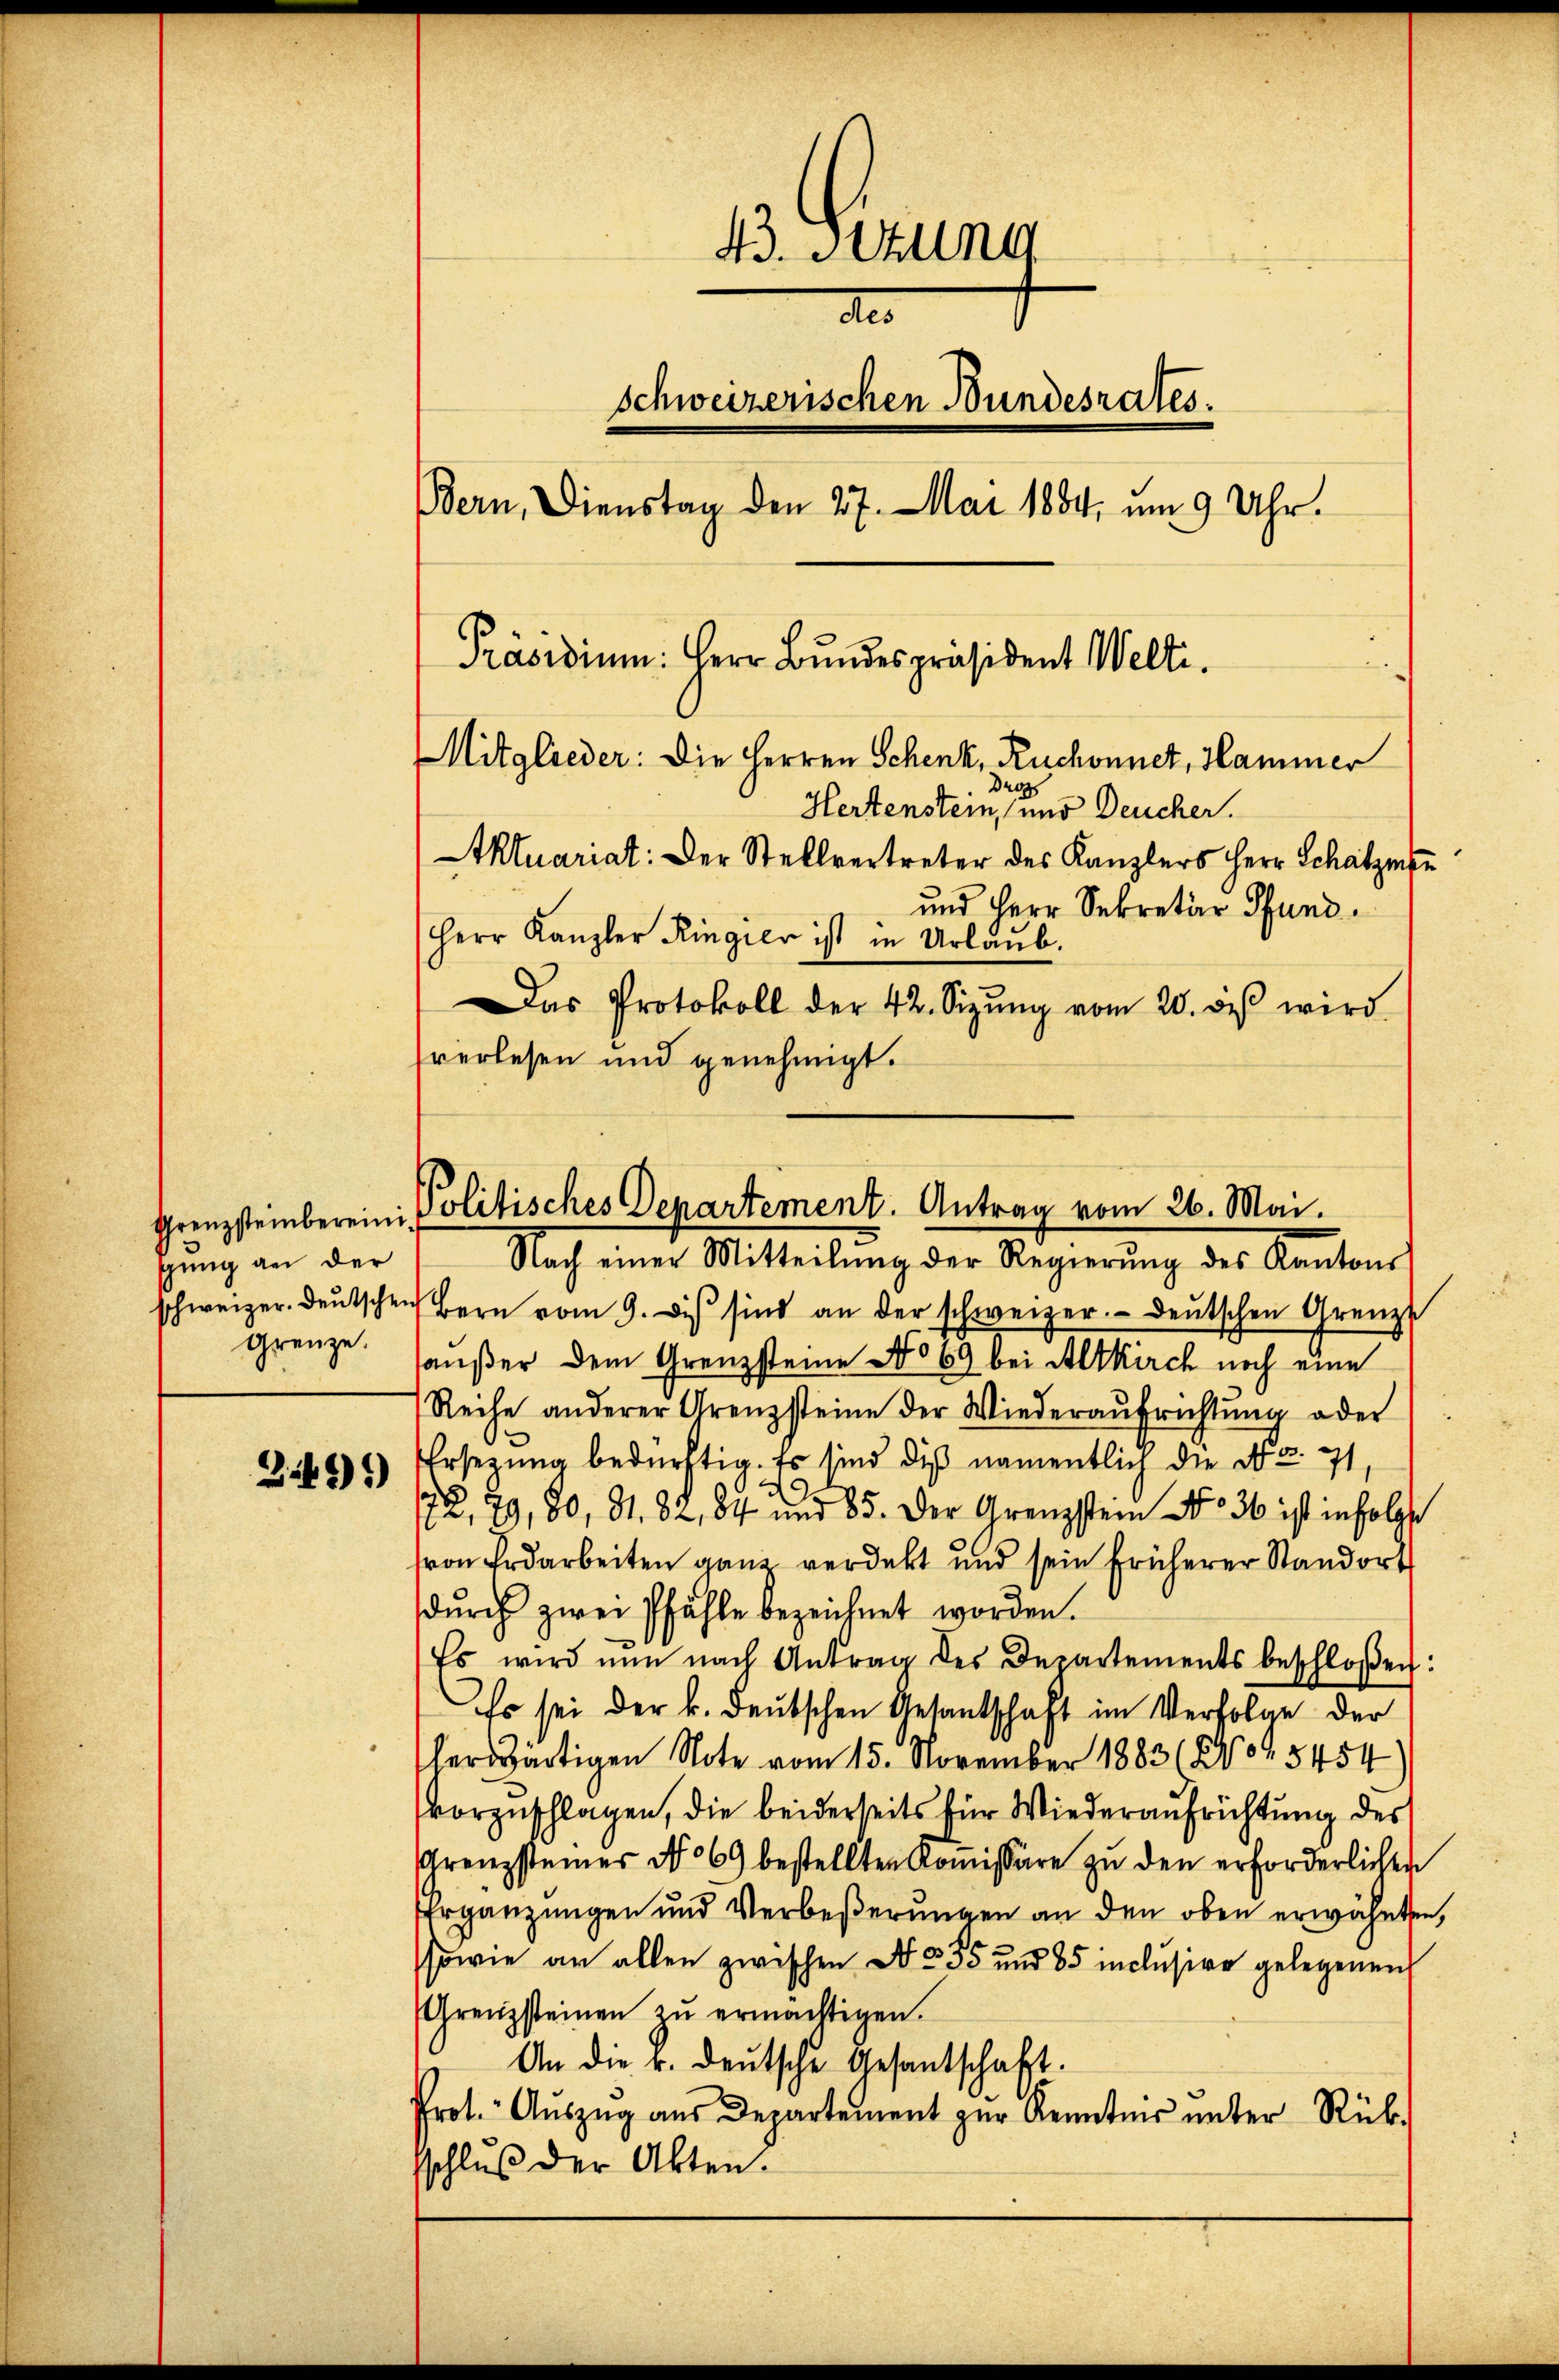
sung an der
grenze.

349)

43. Setzung
do
schweizerischen Bundesrates.
Bern, Dienstag den 27. Mai 1884, um 9 Uhr.
Präsidium. Herr Bundespräsident Welti.
Mitglieder: Die Herren Schenk, Ruchonnet, Hammer
de
Hertenstein, und Deucher.
Aktuariat: Der Stellvertreter des Kanzlers Herr Schatzm
und Herr Sekretär Pfund
Herr Kanzler Ringier ist in Urlaub.
Das Protokoll der 42. Sizŭng vom 20. diβ wird.

verlesen und genehmigt.

schweizer. deŭtschen Bern vom 9. Dies sind an der schweizer.- deŭtschen Grenzs
haußer dem Grenzsteine No 69 bei Altkirch noch eine
Reihe anderer Grenzsteine der Wiederaŭfrichtŭng oder
Ersezung bedürftig. Es sind die namentlich die N. Z. 71,
.
72, 79, 80, S. 82, 84 und 85. Der Grenzstein No 36 ist infolgte
von Erdarbeiten ganz verdekt und sein früherer Standort
durch zwei Pfähle bezeichnet worden.
Es wird nun nach Antrag des Departements beschloßen:
Es sei der k. deutschen Gesantschaft im Verfolge der
herwärtigen Note vom 15. November 1883 (8909. 5454
vorzuschlagen, die beiderseits für Wiederaufrichtung des
Grenzsteiner No 69 bestellten Koṁissäre zu den erforderlichen
Ergänzungen und Verbeßerungen an den oben erwähnten,
sowie an allen zwischen No. 555 und 85 inclusive gelegenen
Grenzsteinen zŭ ermächtigen.
An die k. deutsche Gesantschaft.
.
Prot. Aŭszŭg aŭs Departement zŭr Kenntnis ŭnter Rück-
sschluß der Akten.

Grenzsteinbereini Politisches Departement. Antrag vom 26. Mai.
Nach einer Mitteilŭng der Regierŭng des Kantons